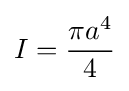
I={\frac {\pi a^{4}}{4}}